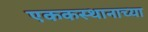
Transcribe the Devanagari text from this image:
एककस्थानाच्या